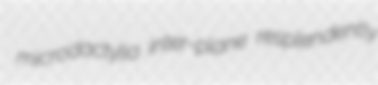
microdactylia inter-plane resplendently